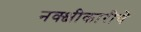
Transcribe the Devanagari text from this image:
नक्क्षीकारीचे